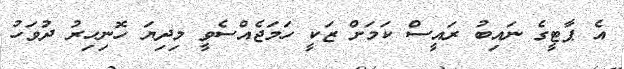
އެ ޕާޓީގެ ނައިބު ރައީސް ކަމަށް ޒަކީ ހަމަޖެއްސެވީ މިދިޔަ ހޮނިހިރު ދުވަހު